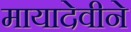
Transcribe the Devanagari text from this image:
मायादेवीने